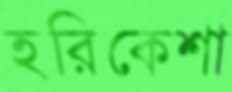
হরিকেশা